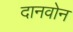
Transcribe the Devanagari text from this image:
दानवोन